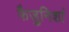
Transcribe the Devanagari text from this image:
फैजुनिशां